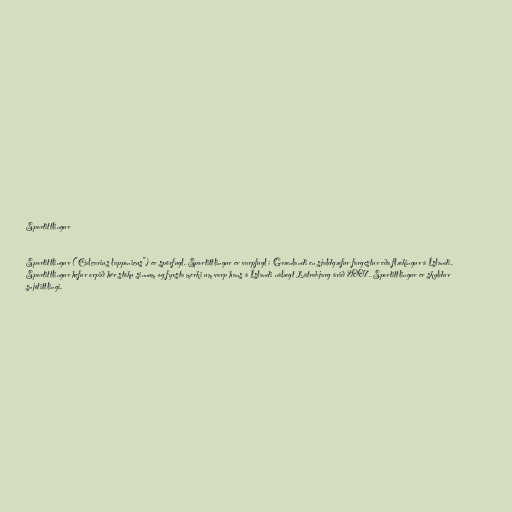
Sportittlingur

Sportittlingur ("Calcarius lapponicus") er spörfugl. Sportittlingur er varpfugl í Grænlandi en sjaldgæfur fargestur eða flækingur á Íslandi.
Sportittlingur hefur orpið hér stöku sinnum og fyrsta merki um varp hans á Íslandi nálægt Látrabjarg árið 2007. Sportittlingur er skyldur
snjótittlingi.